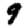
Digit: 9